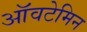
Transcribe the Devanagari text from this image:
ऑवटेमिन